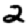
Digit: 2